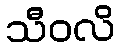
သီဝလိ